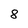
Character: 8